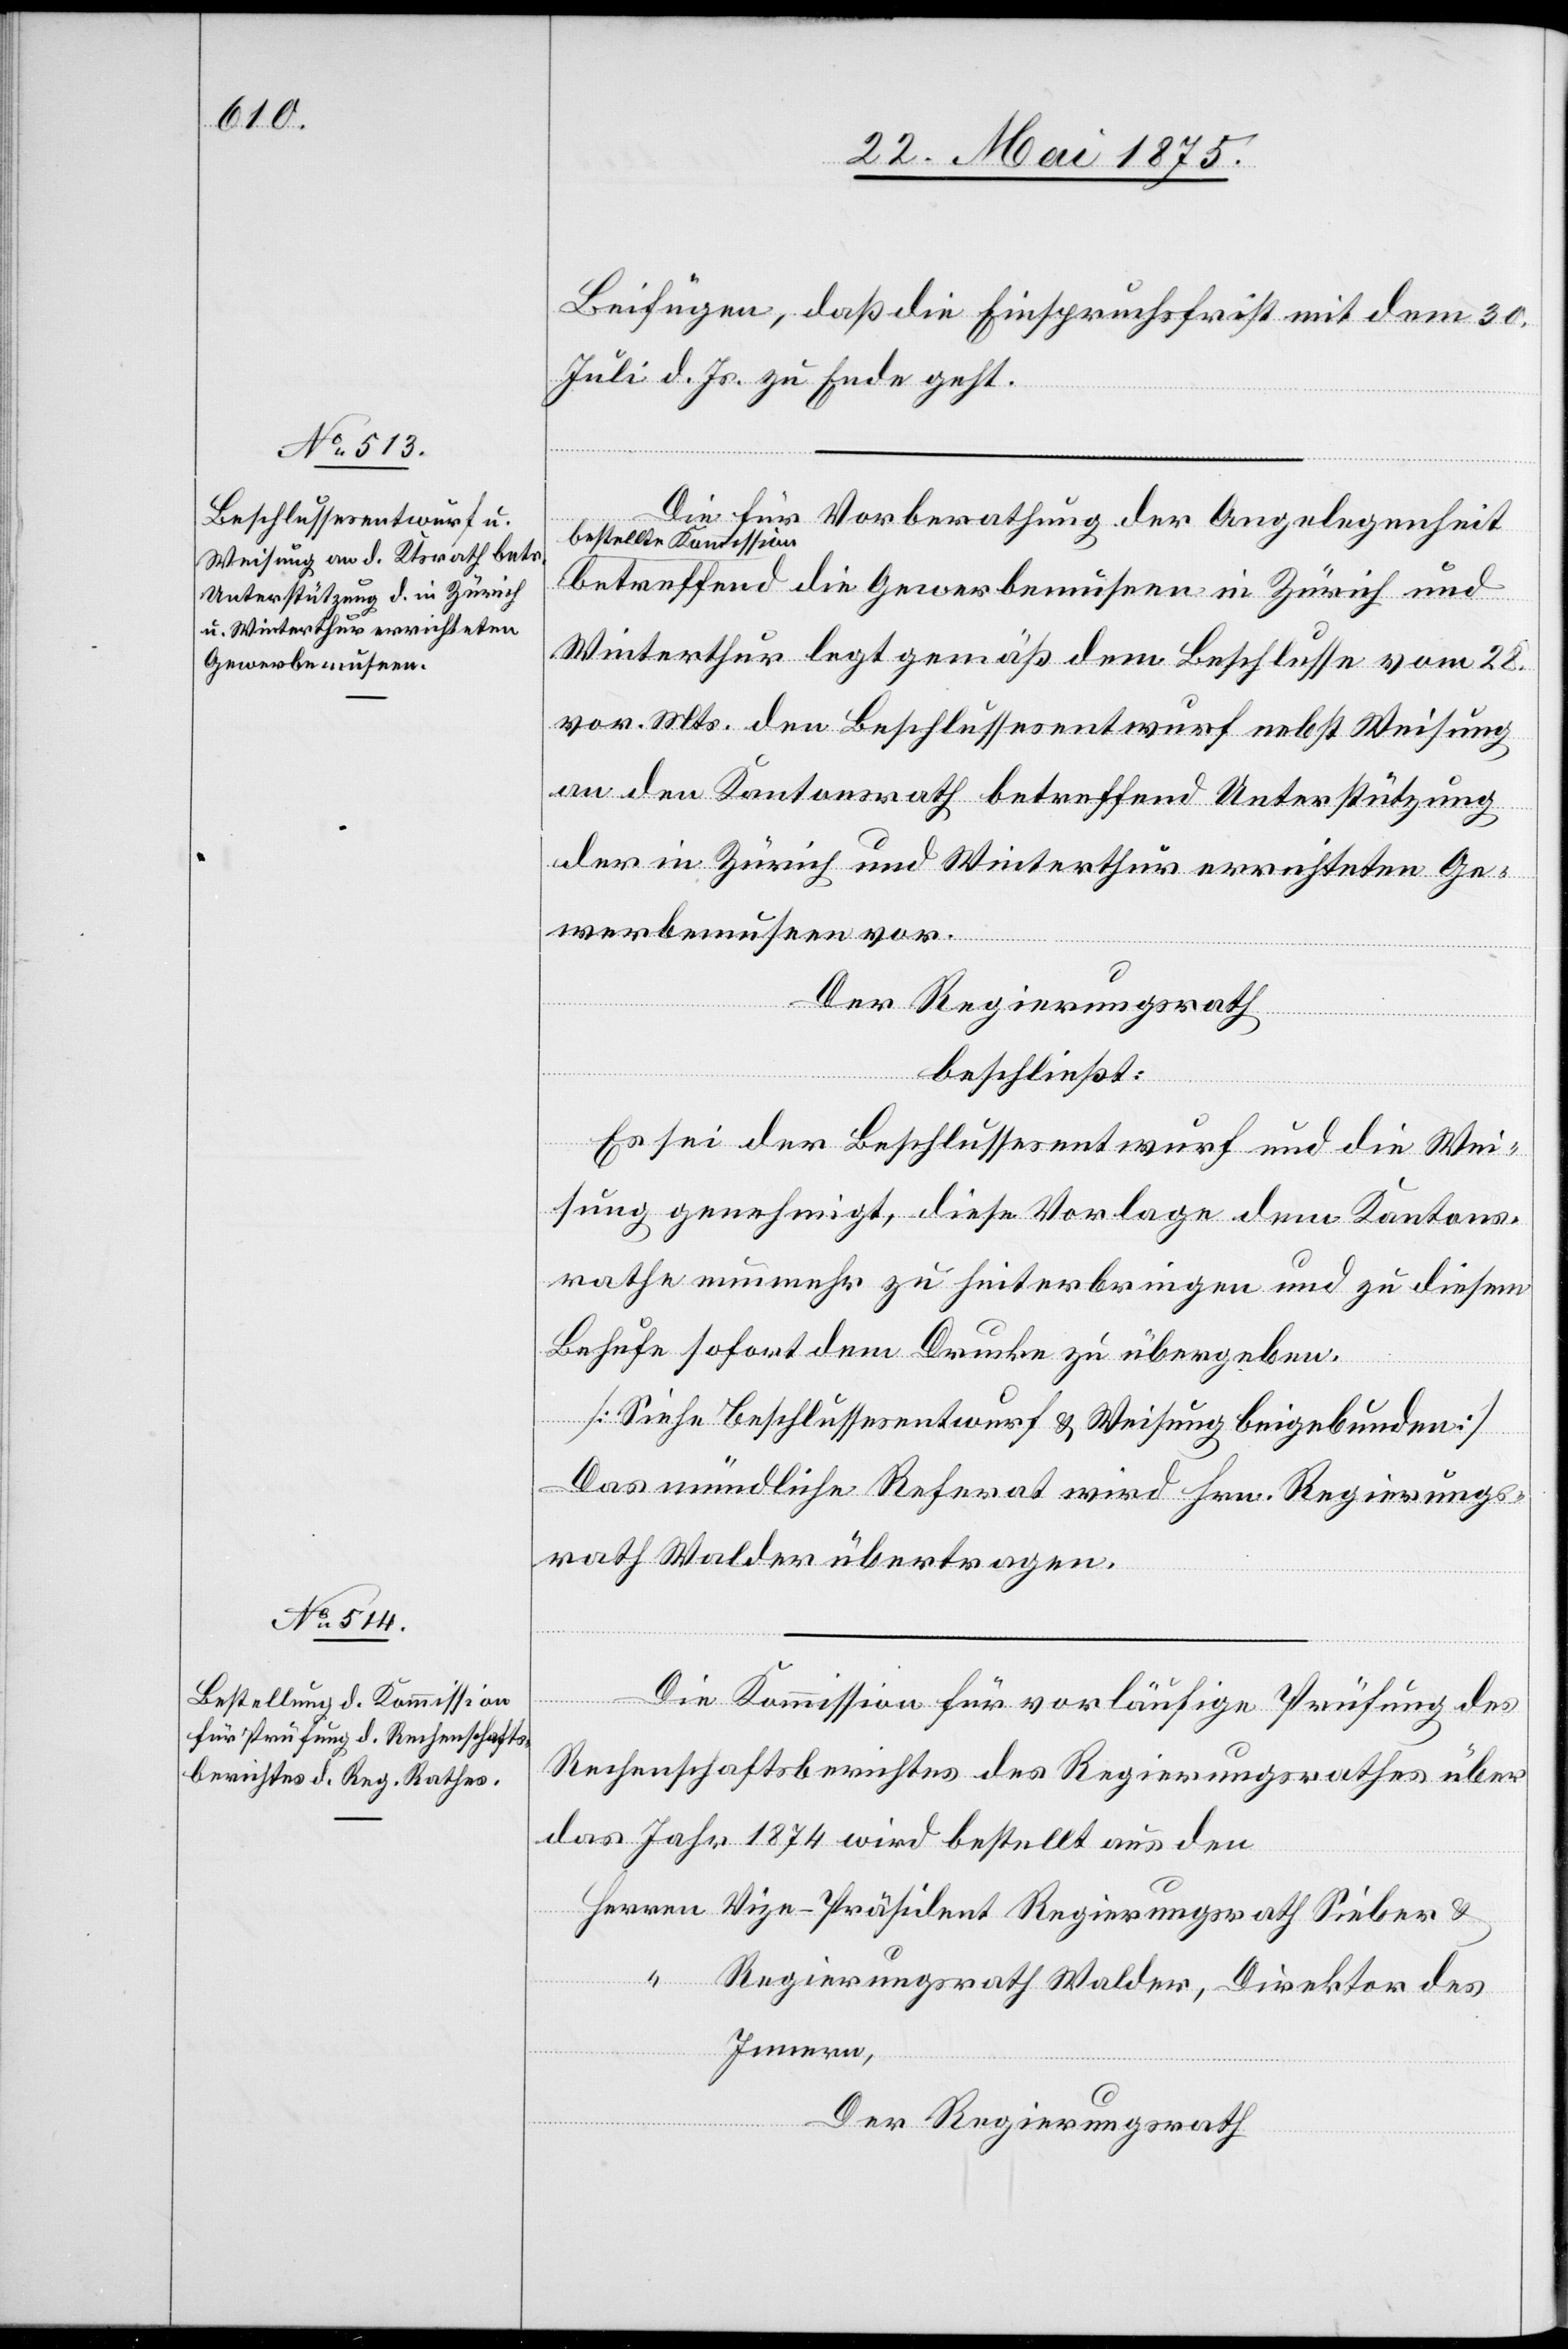
Beifügen, daß die Einspruchsfrist mit dem 30.
Juli d. Js. zu Ende geht.
Die für Vorberathung der Angelegenheit
bestellte Kommission
betreffend die Gewerbemuseen in Zürich und
Winterthur legt gemäß dem Beschlusse vom 28.
vor. Mts. den Beschlussesentwurf nebst Weisung
an den Kantonsrath betreffend Unterstützung
der in Zürich und Winterthur errichteten Ge¬
werbemuseen vor.
Der Regierungsrath,
beschließt:
Es sei der Beschlussesentwurf und die Wei¬
sung genehmigt, diese Vorlage dem Kantons¬
rathe nunmehr zu hinterbringen und zu diesem
Behufe sofort dem Drucke zu übergeben.
[Siehe Beschlussesentwurf & Weisung beigebunden]
Das mündliche Referat wird Hrn. Regierungs¬
rath Walder übertragen.
Die Kommission für vorläufige Prüfung des
Rechenschaftsberichtes des Regierungsrathes über
das Jahr 1874 wird bestellt aus den
Herren Vize-Präsident Regierungsrath Sieber &
“
Regierungsrath Walder, Direktor des
Innern.
Der Regierungsrath